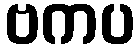
ဗကပ